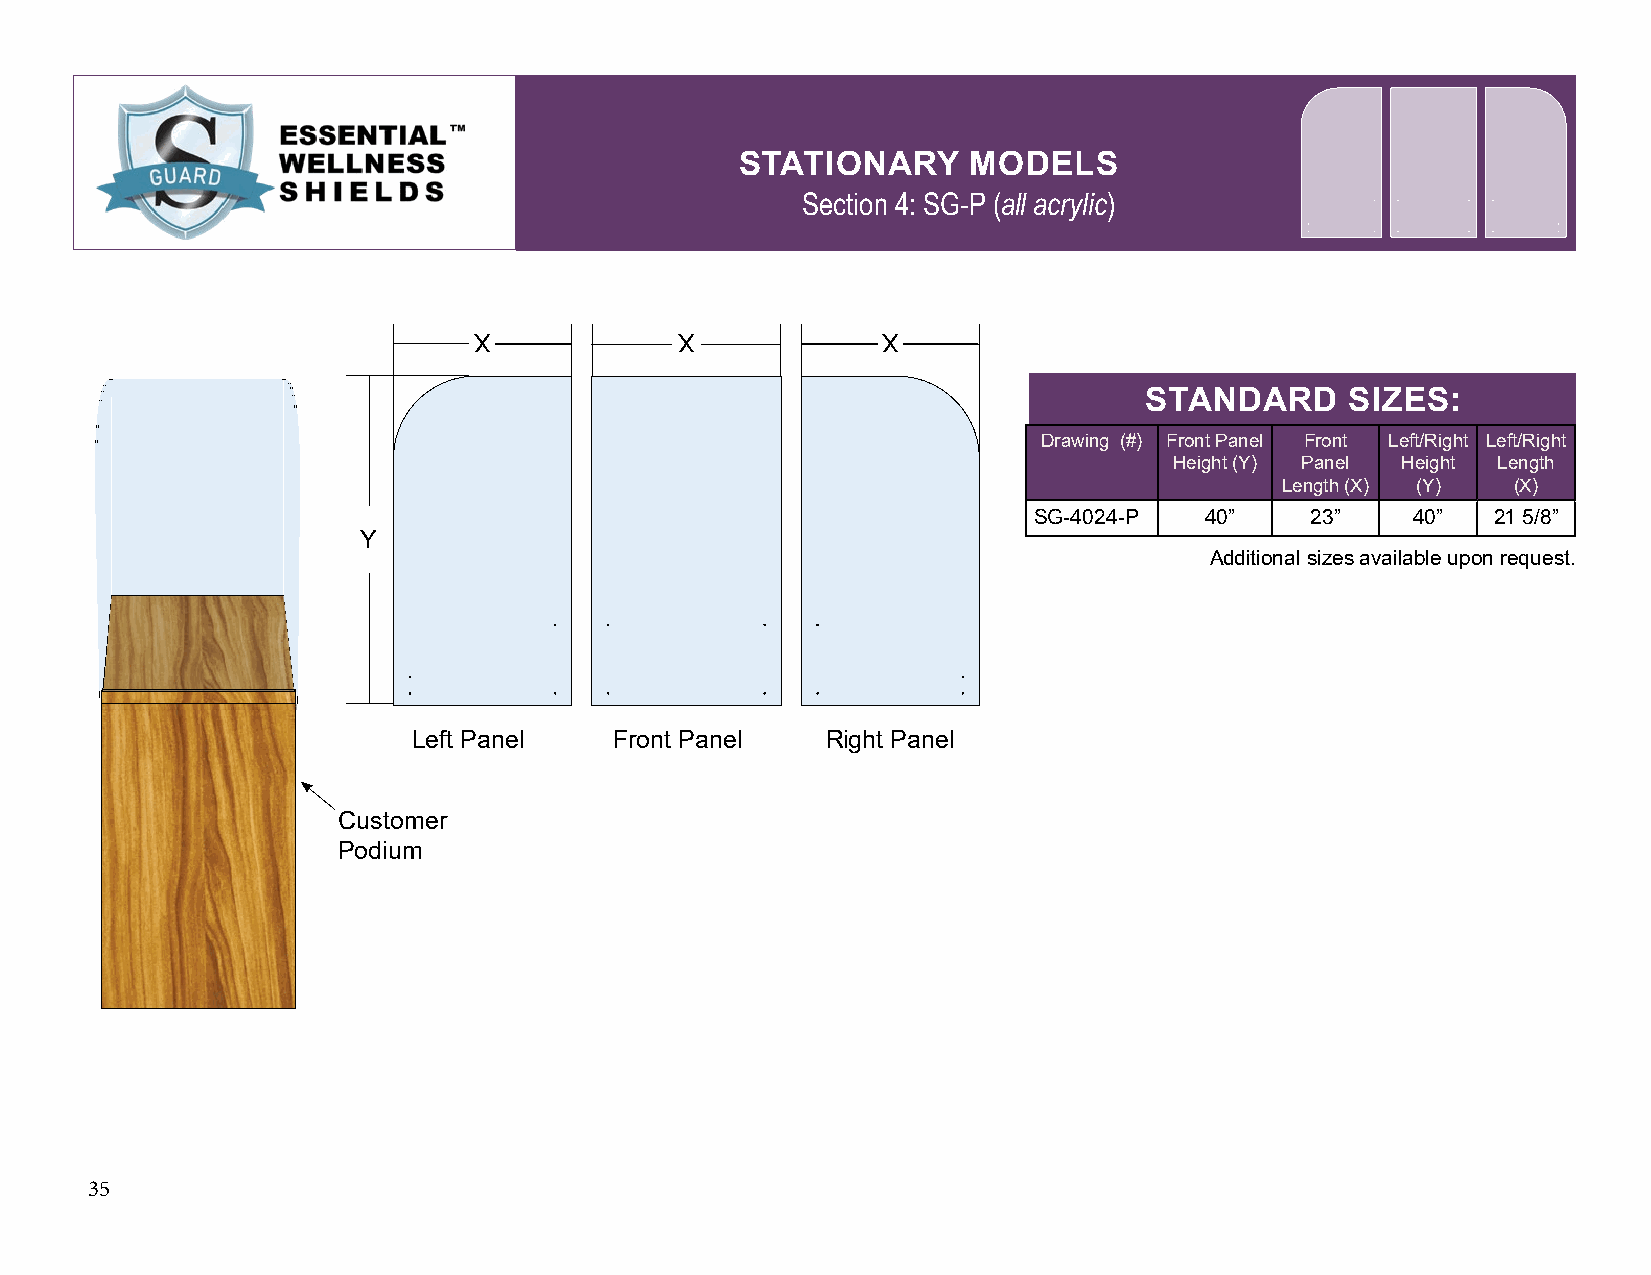
STATIONARY     MODELS
 Section 4: SG-P (all acrylic)
 STANDARD     SIZES:
 Drawing (#) Front Panel Front Left/Right Left/Right
 Height (Y) Panel Height Length
 Length (X) (Y) (X)
 SG-4024-P   40”    23”    40”  21 5/8”
 Y
 Additional sizes available upon request.
 Left Panel    Front Panel   Right Panel
 Customer
 Podium
 35
 X             X            X